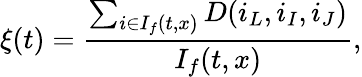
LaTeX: \xi(t)=\frac{\sum_{i\in I_{f}(t,x)}D(i_{L},i_{I},i_{J})}{I_{f}(t,x)},